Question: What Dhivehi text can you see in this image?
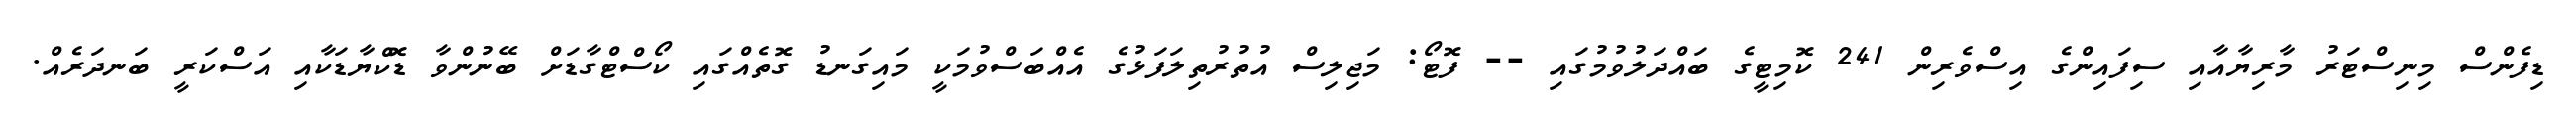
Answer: ޑިފެންސް މިނިސްޓަރު މާރިޔާއާއި ސިފައިންގެ އިސްވެރިން 241 ކޮމިޓީގެ ބައްދަލުވުމުގައި -- ފޮޓޯ: މަޖިލިސް އުތުރުތިލަފަޅުގެ އެއްބަސްވުމަކީ މައިގަނޑު ގޮތެއްގައި ކޯސްޓްގާޑަށް ބޭނުންވާ ޑޮކްޔާޑަކާއި އަސްކަރީ ބަނދަރެއް.